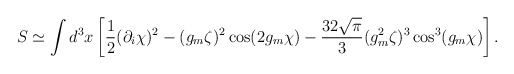
\begin{align*}S\simeq\int d^3x\left[\frac12(\partial_i\chi)^2-(g_m\zeta)^2\cos(2g_m\chi)-\frac{32\sqrt{\pi}}{3}(g_m^2\zeta)^3\cos^3(g_m\chi)\right].\end{align*}